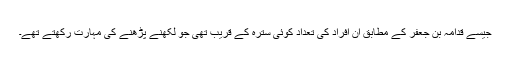
جیسے قدامہ بن جعفر کے مطابق ان افراد کی تعداد کوئی سترہ کے قریب تھی جو لکھنے پڑھنے کی مہارت رکھتے تھے۔